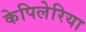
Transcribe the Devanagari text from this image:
केपिलेरिया